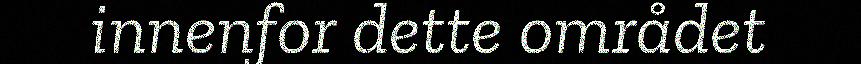
innenfor dette området